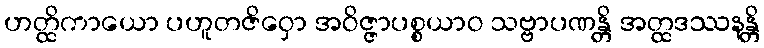
ဟတ္ထိကာယော ပဟူတဇိဝှော အဝိဇ္ဇာပစ္စယာဝ သဗ္ဗာပဏန္တိ အတ္ထဒဿနန္တိ